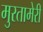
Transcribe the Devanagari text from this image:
मुरतामेरी